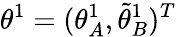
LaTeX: {{\theta}}^{1}=({\theta}_{A}^{1},\tilde{\theta}_{B}^{1})^{T}